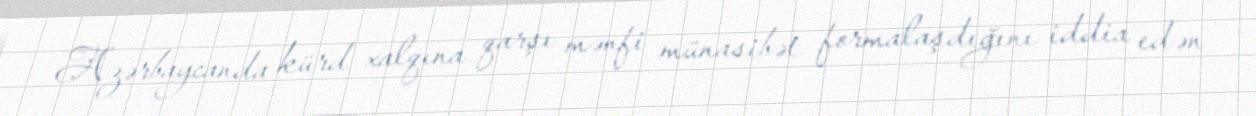
Azərbaycanda kürd xalqına qarşı mənfi münasibət formalaşdığını iddia edən